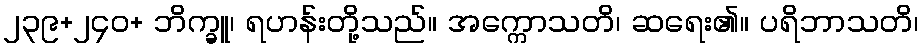
၂၃၉+၂၄၀+ ဘိက္ခူ၊ ရဟန်းတို့သည်။ အက္ကောသတိ၊ ဆရေး၏။ ပရိဘာသတိ၊